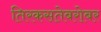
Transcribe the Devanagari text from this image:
तिरकसतेबरोबर